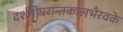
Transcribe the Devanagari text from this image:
दर्शनोपरान्तकालभैरवके